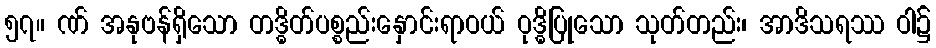
၅၇။ ဏ် အနုဗန်ရှိသော တဒ္ဓိတ်ပစ္စည်းနှောင်းရာဝယ် ဝုဒ္ဓိပြုသော သုတ်တည်း၊ အာဒိသရဿ ဝါ၌